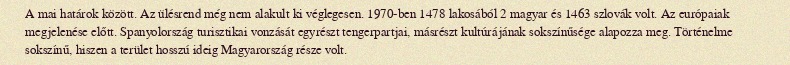
A mai határok között. Az ülésrend még nem alakult ki véglegesen. 1970-ben 1478 lakosából 2 magyar és 1463 szlovák volt. Az európaiak megjelenése előtt. Spanyolország turisztikai vonzását egyrészt tengerpartjai, másrészt kultúrájának sokszínűsége alapozza meg. Történelme sokszínű, hiszen a terület hosszú ideig Magyarország része volt.